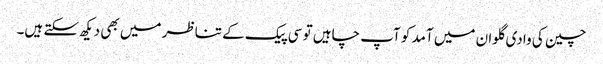
چین کی وادی گلوان میں آمد کو آپ چاہیں تو سی پیک کے تناظر میں بھی دیکھ سکتے ہیں۔